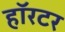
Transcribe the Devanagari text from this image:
हॉरटर